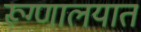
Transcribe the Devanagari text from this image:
रूग्‍णालयात